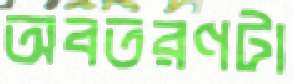
অবতরণটা